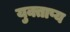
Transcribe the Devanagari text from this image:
युक्ताप्य